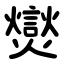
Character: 爕